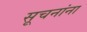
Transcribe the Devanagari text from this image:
सूचनांना